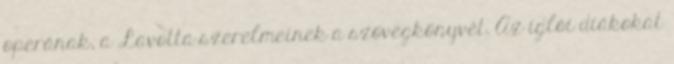
operának, a Lavotta szerelmeinek a szövegkönyvét. Az iglói diákokat